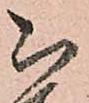
被